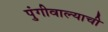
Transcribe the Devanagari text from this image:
पुंगीवाल्याची